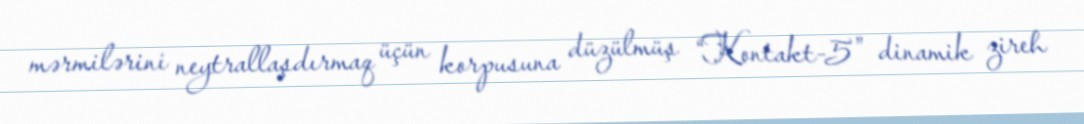
mərmilərini neytrallaşdırmaq üçün korpusuna düzülmüş “Kontakt-5” dinamik zireh